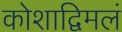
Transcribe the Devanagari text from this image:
कोशाद्विमलं